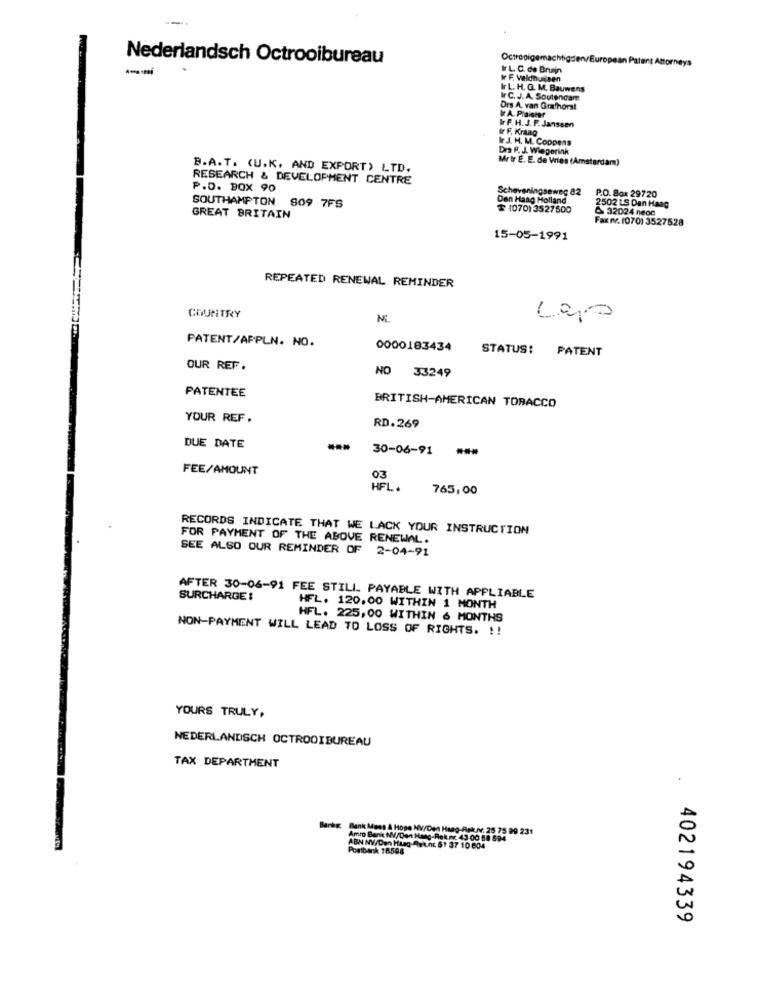
---
Nederlandsch Octrooibureau
Octrooigemachtigden/Euro
Ir L. C. de Bruin
Ir F. Veldhuijsen
Ir L. H. G. M. Bauwens
Ir C. J. A. Soutencam
Drs A. van Grafhorst
Ir A. Plaisier
Ir P. H. J. F. Janssen
Ir F. Krang
Ir.J. M. M. Coppens
Dra F. J. Wiegerink
Mr ir E. E. de Vries (Amsterdam)
B.A.T. (U.K. AND EXPORT) LTD.
RESEARCH & DEVELOPMENT CENTRE
P.O. BOX 90
Scheveningseweg 82
Den Haag Holland
P.O. Box 29720
2502 LS Den Haag
SOUTHAMPTON 809 7FS
$ 1070) 3527500
& 32024 neoc
GREAT BRITAIN
Fax rv. (070) 3527528
15-05-1991
REPEATED RENEWAL REMINDER
COUNTRY
NE
PATENT/APPLN. NO.
0000183434
STATUS:
PATENT
OUR REF.
NO 33249
PATENTEE
BRITISH-AMERICAN TOBACCO
YOUR REF.
RD.269
DUE DATE
--
30-06-91 ***
FEE/AMOUNT
03
HFL .
765,00
RECORDS INDICATE THAT WE LACK YOUR INSTRUCTION
FOR PAYMENT OF THE ABOVE RENEWAL.
SEE ALSO OUR REMINDER OF 2-04-91
SURCHARGE:
AFTER 30-06-91 FEE STILL. PAYABLE WITH APPLIABLE
HFL. 120,00 WITHIN 1 MONTH
HFL. 225, 00 WITHIN 6 MONTHS
NON-PAYMENT WILL LEAD TO LOSS OF RIGHTS. !!
YOURS TRULY,
NEDERLANDSCH OCTROOIBUREAU
TAX DEPARTMENT
Barkg: Bank Mess & Hope MV/Den Haag-Rekurv: 25 75 99 231
Amro Bank NV/Den Haag-Rek.nr. 43:00 58 594
ABN NY/Den Haag-Rek.nc 61 37 10 004
Postbank 16508
402194339